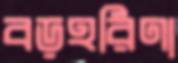
বড়হরিণা